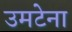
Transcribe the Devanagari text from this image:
उमटेना